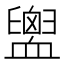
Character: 𧗕